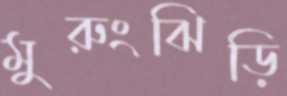
মুরুংঝিড়ি